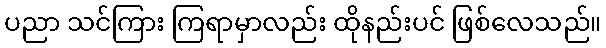
ပညာ သင်ကြား ကြရာမှာလည်း ထိုနည်းပင် ဖြစ်လေသည်။